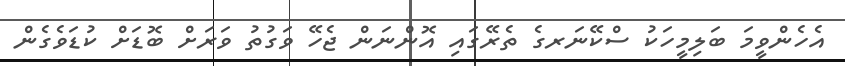
އެހެންވީމަ ބަލިމީހަކު ސްކޭނަރގެ ތެރޭގައި އޮންނަން ޖެހޭ ވަގުތު ވަރަށް ބޮޑަށް ކުޑަވެގެން